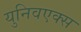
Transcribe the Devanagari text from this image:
युनिवएक्स